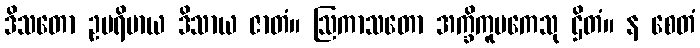
ဒိသတော ဥပရိမာယ ဒိသာယ ဇာတံ။ ဩကာသတော အက္ခိကူပကေသု ဌိတံ။ န စေတံ